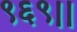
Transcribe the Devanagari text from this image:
९६९।।